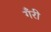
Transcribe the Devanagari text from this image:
गँरी